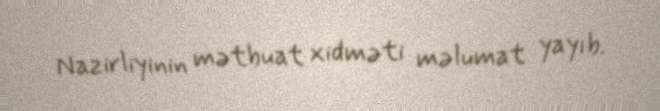
Nazirliyinin mətbuat xidməti məlumat yayıb.